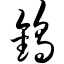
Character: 钨